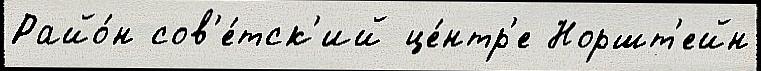
Райо́н сов'е́тск'ий це́нтр'е Норшт'ейн